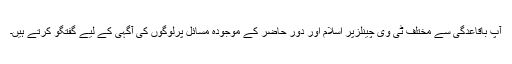
آپ باقاعدگی سے مختلف ٹی وی چینلزپر اسلام اور دور حاضر کے موجودہ مسائل پرلوگوں کی آگہی کے لیے گفتگو کرتے ہیں۔